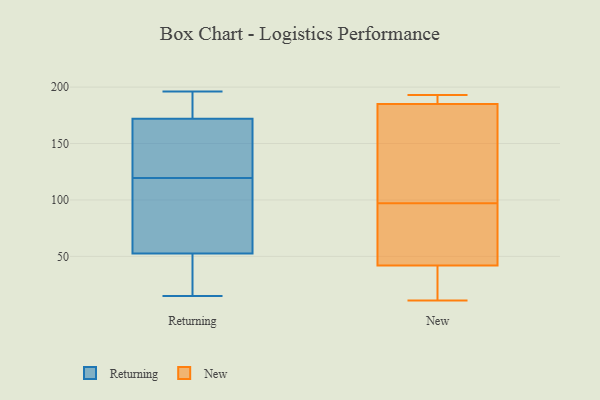
{"axis": {"x": "Inventory Turnover", "y": "Value"}, "legend": ["New", "Returning"], "data": [{"x": "", "y": 83, "type": "Returning"}, {"x": "", "y": 91, "type": "Returning"}, {"x": "", "y": 63, "type": "Returning"}, {"x": "", "y": 146, "type": "Returning"}, {"x": "", "y": 111, "type": "Returning"}, {"x": "", "y": 91, "type": "Returning"}, {"x": "", "y": 41, "type": "Returning"}, {"x": "", "y": 15, "type": "Returning"}, {"x": "", "y": 196, "type": "Returning"}, {"x": "", "y": 143, "type": "Returning"}, {"x": "", "y": 18, "type": "Returning"}, {"x": "", "y": 193, "type": "Returning"}, {"x": "", "y": 157, "type": "Returning"}, {"x": "", "y": 30, "type": "Returning"}, {"x": "", "y": 42, "type": "Returning"}, {"x": "", "y": 128, "type": "Returning"}, {"x": "", "y": 178, "type": "Returning"}, {"x": "", "y": 196, "type": "Returning"}, {"x": "", "y": 184, "type": "Returning"}, {"x": "", "y": 166, "type": "Returning"}, {"x": "", "y": 185, "type": "New"}, {"x": "", "y": 129, "type": "New"}, {"x": "", "y": 157, "type": "New"}, {"x": "", "y": 86, "type": "New"}, {"x": "", "y": 42, "type": "New"}, {"x": "", "y": 12, "type": "New"}, {"x": "", "y": 25, "type": "New"}, {"x": "", "y": 11, "type": "New"}, {"x": "", "y": 193, "type": "New"}, {"x": "", "y": 186, "type": "New"}, {"x": "", "y": 73, "type": "New"}, {"x": "", "y": 29, "type": "New"}, {"x": "", "y": 108, "type": "New"}, {"x": "", "y": 84, "type": "New"}, {"x": "", "y": 189, "type": "New"}, {"x": "", "y": 190, "type": "New"}, {"x": "", "y": 148, "type": "New"}, {"x": "", "y": 47, "type": "New"}]}